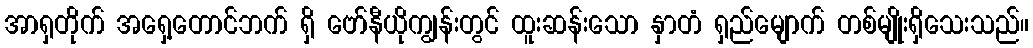
အာရှတိုက် အရှေ့တောင်ဘက် ရှိ ဗော်နီယိုကျွန်းတွင် ထူးဆန်းသော နှာတံ ရှည်မျောက် တစ်မျိုးရှိသေးသည်။